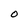
Character: O